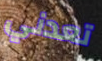
تعدني